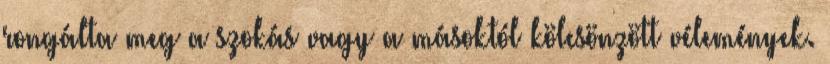
rongálta meg a szokás vagy a másoktól kölcsönzött vélemények.